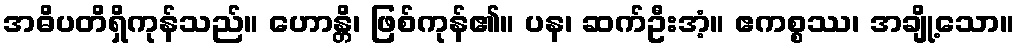
အဓိပတိရှိကုန်သည်။ ဟောန္တိ၊ ဖြစ်ကုန်၏။ ပန၊ ဆက်ဦးအံ့။ ဧကစ္စဿ၊ အချို့သော။